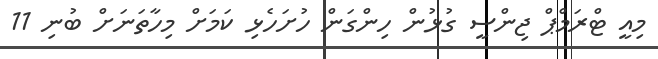
މިއީ ޓްރަމްޕް ޖިންސީ ގުޅުން ހިންގަން ހުށަހެޅި ކަމަށް މިހާތަނަށް ބުނި 11